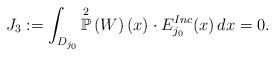
\begin{align*}J_{3} := \int_{D_{j_{0}}} \overset{2}{\mathbb{P}}\left(W \right)(x) \cdot E^{Inc}_{j_{0}}(x) \, dx = 0.\end{align*}